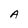
Character: A